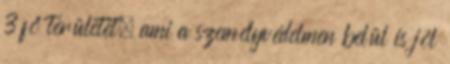
3 fő területet, ami a személyvédelmen belül is jól